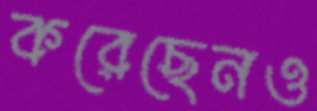
করেছেনও